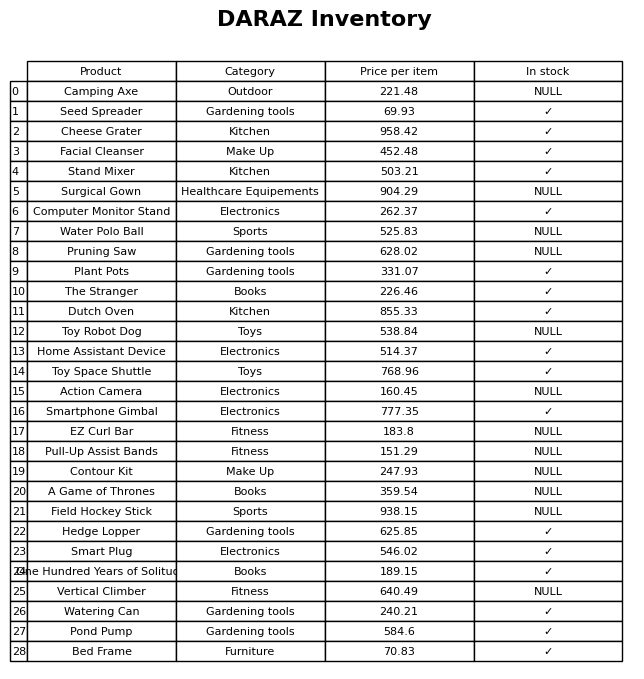
question: What is the price for Smart Plug?
answer: The price of Smart Plug is 546.02.